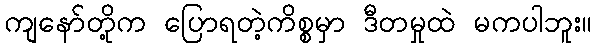
ကျနော်တို့က ပြောရတဲ့ကိစ္စမှာ ဒီတမှုထဲ မကပါဘူး။